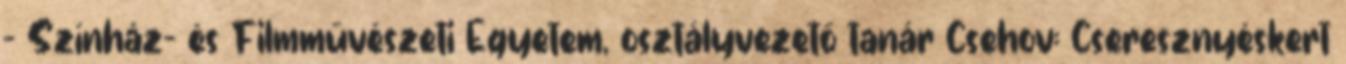
- Színház- és Filmművészeti Egyetem, osztályvezető tanár Csehov: Cseresznyéskert